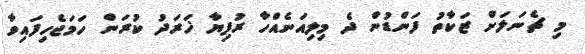
މި ޗެނަލަށް ޒަކާތު ފަންޑުން ދެ މިލިއަނެއްހާ ރުފިޔާ ޚަރަދު ކުރަން ހަމަޖެހިފައިވާ